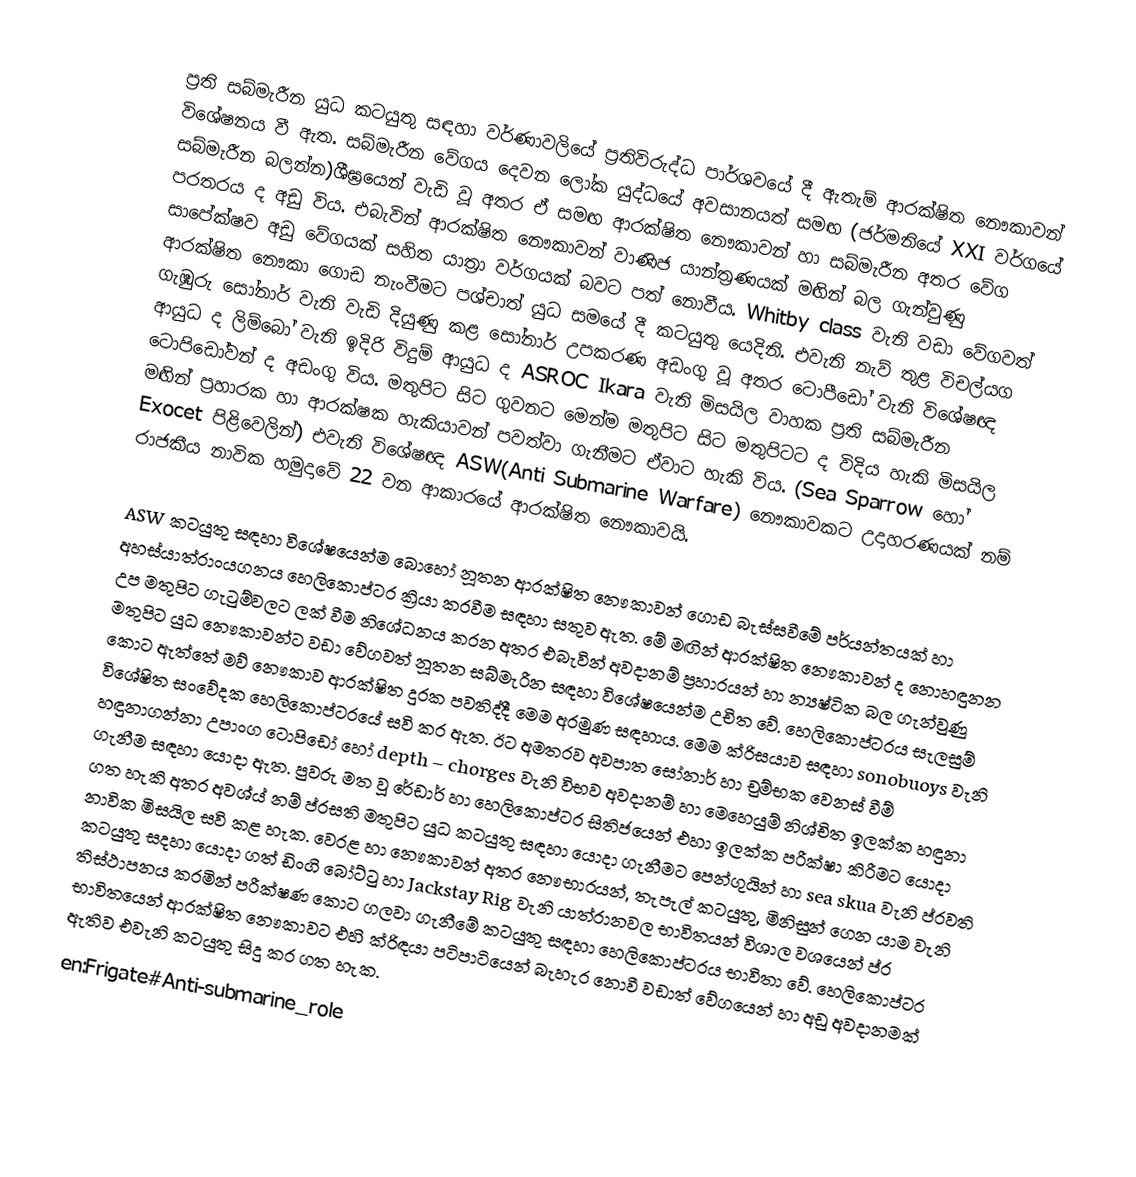
ප්‍රති සබ්මැරීන යුධ කටයුතු සඳහා වර්ණාවලියේ ප්‍රතිවිරුද්ධ පාර්ශවයේ දී ඇතැම් ආරක්ෂිත නෞකාවන් විශේෂනය වී ඇත. සබ්මැරීන වේගය දෙවන ලෝක යුද්ධයේ අවසානයත් සමඟ (ජර්මනියේ XXI වර්ගයේ සබ්මැරීන බලන්න)ශීඝ්‍රයෙන් වැඩි වූ අතර ඒ සමඟ ආරක්ෂිත නෞකාවන් හා සබ්මැරීන අතර වේග පරතරය ද අඩු විය. එබැවින් ආරක්ෂිත නෞකාවන් වාණිජ යාන්ත්‍රණයක් මඟින් බල ගැන්වුණු සාපේක්ෂව අඩු වේගයක් සහිත යාත්‍රා වර්ගයක් බවට පත් නොවීය. Whitby class වැනි වඩා වේගවත් ආරක්ෂිත නෞකා ගොඩ නැංවීමට පශ්චාත් යුධ සමයේ දී කටයුතු යෙදිනි. එවැනි නැව් තුළ විචල්යග ගැඹුරු සෝනාර් ‍වැනි වැඩි දියුණු කළ සෝනාර් උපකරණ අඩංගු වූ අතර ටොපීඩෝ වැනි විශේෂඥ ආයුධ ද ලිම්බෝ වැනි ඉදිරි විදුම් ආයුධ ද ASROC Ikara වැනි මිසයිල වාහක ප්‍රති සබ්මැරීන ටොපිඩෝවන් ද අඩංගු විය. මතුපිට සිට ගුවනට මෙන්ම මතුපිට සිට මතුපිටට ද විදිය හැකි මිසයිල මඟින් ප්‍රහාරක හා ආරක්ෂක හැකියාවන් පවත්වා ගැනීමට ඒවාට හැකි විය. (Sea Sparrow හෝ Exocet පිළිවෙලින්) එවැනි විශේෂඥ ASW(Anti Submarine Warfare) නෞකාවකට උදාහරණයක් නම් රාජකීය නාවික හමුදාවේ 22 වන ආකාරයේ ආරක්ෂිත නෞකාවයි.

ASW කටයුතු සඳහා විශේෂයෙන්ම බොහෝ නූතන ආරක්ෂිත නෞකාවන් ගොඩ බැස්සවීමේ පර්යන්තයක් හා අහස්යාත්රාංයගනය හෙලිකොප්ටර ක්‍රියා කරවීම සඳහා සතුව ඇත. මේ මඟින් ආරක්ෂිත නෞකාවන් ද නොහඳුනන උප මතුපිට ගැටුම්වලට ලක් වීම නිශේධනය කරන අතර එබැවින් අවදානම් ප්‍රහාරයන් හා න්‍යෂ්ටික බල ගැන්වුණු මතුපිට යුධ නෞකාවන්ට වඩා වේගවත් නූතන සබ්මැරීන සඳහා විශේෂයෙන්ම උචිත වේ. හෙලිකොප්ටරය සැලසුම් කොට ඇත්තේ මව් නෞකාව ආරක්ෂිත දුරක පවතිද්දී මෙම අරමුණ සඳහාය. මෙම ක්රිසයාව සඳහා sonobuoys වැනි විශේෂිත සංවේදක හෙලිකොප්ටරයේ සවි කර ඇත. ඊට අමතරව අවපාත සෝනාර් හා චුම්භක වෙනස් වීම් හඳුනාගන්නා උපාංග ටොපිඩෝ හෝ depth – chorges වැනි විභව අවදානම් හා මෙහෙයුම් නිශ්චිත ඉලක්ක හඳුනා ගැනීම සඳහා යොදා ඇත. පුවරු මත වූ රේඩාර් හා හෙලිකොප්ටර සිතිජයෙන් එහා ඉලක්ක පරීක්ෂා කිරීමට යොදා ගත හැකි අතර අවශ්ය් නම් ප්රසති මතුපිට යුධ කටයුතු සඳහා යොදා ගැනීමට පෙන්ගුයින් හා sea skua වැනි ප්රවති නාවික මිසයිල සවි කළ හැක. වෙරළ හා නෞකාවන් අතර නෞභාරයන්, තැපැල් කටයුතු, මිනිසුන් ගෙන යාම වැනි කටයුතු සදහා යොදා ගත් ඩිංගි බෝට්ටු හා Jackstay Rig වැනි යාත්රානවල භාවිතයන් විශාල වශයෙන් ප්ර තිස්ථාපනය කරමින් පරීක්ෂණ කොට ගලවා ගැනීමේ කටයුතු සඳහා හෙලිකොප්ටරය භාවිතා වේ. හෙලිකොප්ටර භාවිතයෙන් ආරක්ෂිත නෞකාවට එහි ක්රිඳයා පටිපා‍ටියෙන් බැහැර නොවී වඩාත් වේගයෙන් හා අඩු අවදානමක් ඇතිව එවැනි කටයුතු සිදු කර ගත හැක.
en:Frigate#Anti-submarine_role